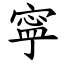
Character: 寜